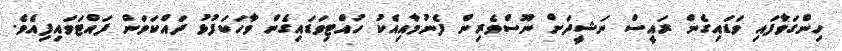
ހިންގަވާފައި ވަޑައިގެން ރައީސް ނަޝީދަށް ނޫސްވެރިން ފެނުމާއިއެކު ހުއްޓިވަޑައިގެން ވާހަކަފުޅު ދައްކަވަން ފައްޓަވައިފިއެވެ.